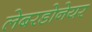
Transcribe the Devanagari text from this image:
लेबरडोनेयर